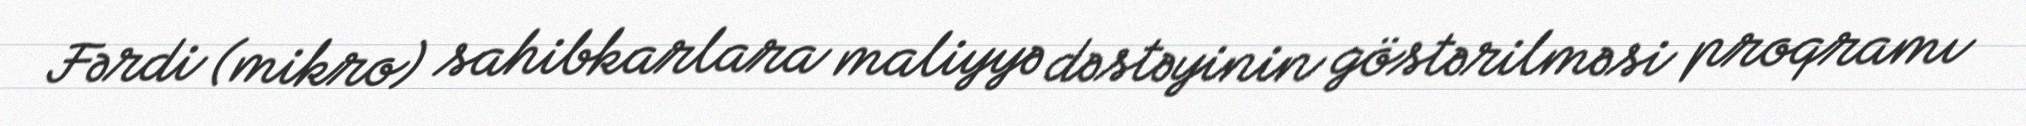
Fərdi (mikro) sahibkarlara maliyyə dəstəyinin göstərilməsi proqramı